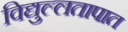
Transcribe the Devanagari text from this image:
विद्युल्लतापात